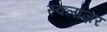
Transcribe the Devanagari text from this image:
स्क्लॉज़र